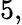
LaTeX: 5,